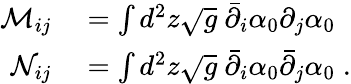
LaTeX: \begin{array}{rl}{\mathcal M_{ij}}&{{}=\int d^{2}z\sqrt{g}\ \bar{\partial}_{i}\alpha_{0}\partial_{j}\alpha_{0}}\\ {\mathcal N_{ij}}&{{}=\int d^{2}z\sqrt{g}\ \bar{\partial}_{i}\alpha_{0}\bar{\partial}_{j}\alpha_{0}\; .}\end{array}